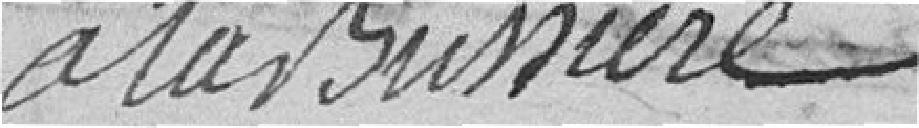
à Labussière